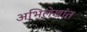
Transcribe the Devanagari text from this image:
अभिलेखांत